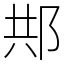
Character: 䢼